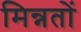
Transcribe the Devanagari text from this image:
मिन्नतों